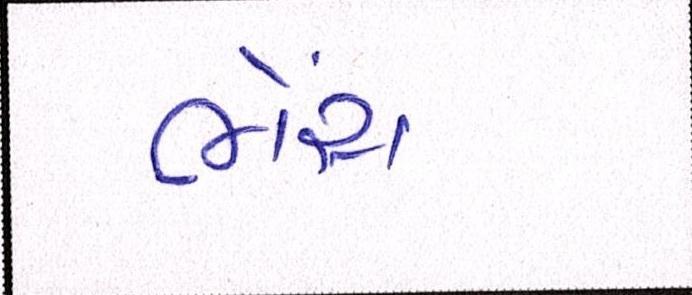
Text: ભેંસ